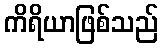
ကိရိယာဖြစ်သည်